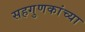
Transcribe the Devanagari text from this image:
सहगुणकांच्या